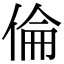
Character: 倫